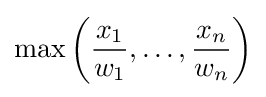
\max \left({\frac {x_{1}}{w_{1}}},\dots ,{\frac {x_{n}}{w_{n}}}\right)